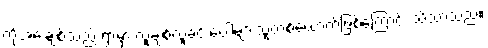
ကိုအေးချစ်သည် ရွာမှာ လူချစ်လူခင် ပေါများသူတစ်ယောက်ဖြစ်ကြောင်း သိသာသည်။